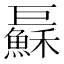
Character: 𢀱